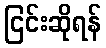
ငြင်းဆိုရန်